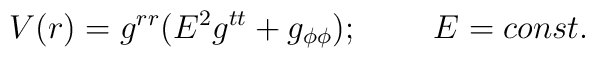
V(r)=g^{rr}(E^2g^{tt}+g_{\phi\phi});\;\;\;\;\;\;\;\;E=const.